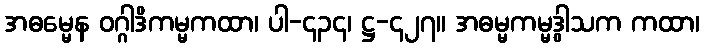
အဓမ္မေန ဝဂ္ဂါဒိကမ္မကထာ၊ ပါ-၄၃၄၊ ဋ္ဌ-၄၂၇။ အဓမ္မကမ္မဒွါသက ကထာ၊